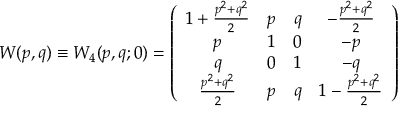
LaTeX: W ( p , q ) \equiv W _ { 4 } ( p , q ; 0 ) = \left( \begin{array} { c c c c } { { 1 + \frac { p ^ { 2 } + q ^ { 2 } } { 2 } } } & { { p } } & { { q } } & { { - \frac { p ^ { 2 } + q ^ { 2 } } { 2 } } } \\ { { p } } & { { 1 } } & { { 0 } } & { { - p } } \\ { { q } } & { { 0 } } & { { 1 } } & { { - q } } \\ { { \frac { p ^ { 2 } + q ^ { 2 } } { 2 } } } & { { p } } & { { q } } & { { 1 - \frac { p ^ { 2 } + q ^ { 2 } } { 2 } } } \end{array} \right)